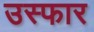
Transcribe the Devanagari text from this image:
उस्फार